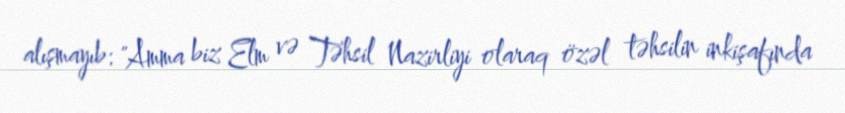
alışmayıb: "Amma biz Elm və Təhsil Nazirliyi olaraq özəl təhsilin inkişafında